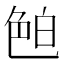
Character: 𦫖